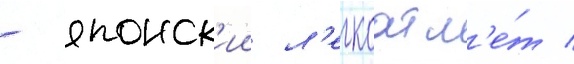
- японск'ии л'егкоатл'е́т /